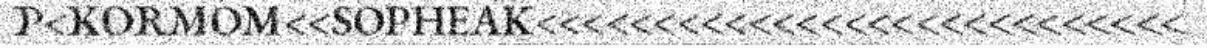
P<KORMOM<<SOPHEAK<<<<<<<<<<<<<<<<<<<<<<<<<<<